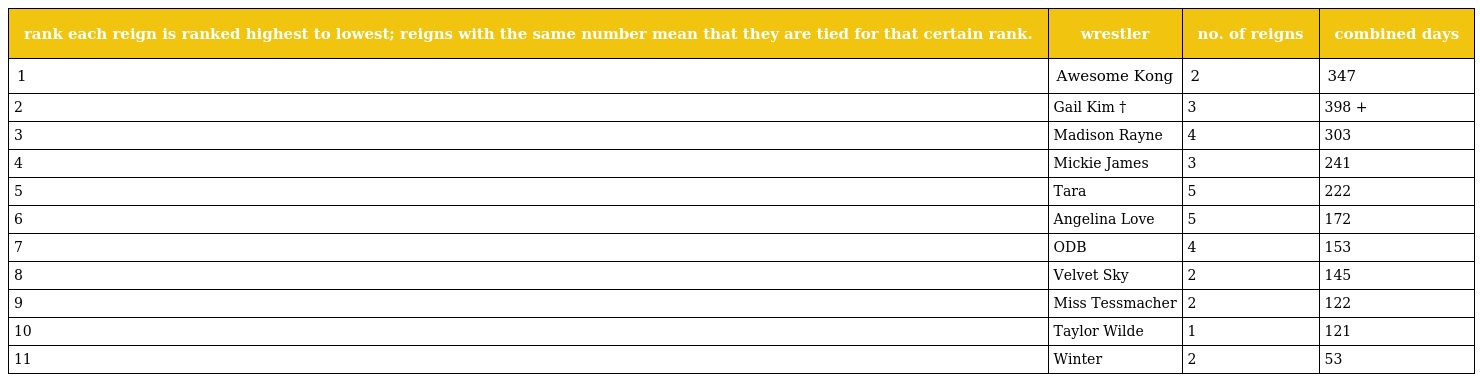
| rank each reign is ranked highest to lowest; reigns with the same number mean that they are tied for that certain rank. | wrestler | no. of reigns | combined days |
 | --- | --- | --- | --- |
 | 1 | Awesome Kong | 2 | 347 |
 | 2 | Gail Kim † | 3 | 398 + |
 | 3 | Madison Rayne | 4 | 303 |
 | 4 | Mickie James | 3 | 241 |
 | 5 | Tara | 5 | 222 |
 | 6 | Angelina Love | 5 | 172 |
 | 7 | ODB | 4 | 153 |
 | 8 | Velvet Sky | 2 | 145 |
 | 9 | Miss Tessmacher | 2 | 122 |
 | 10 | Taylor Wilde | 1 | 121 |
 | 11 | Winter | 2 | 53 |